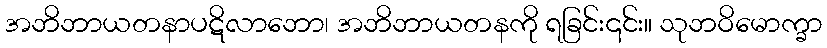
အဘိဘာယတနာပဋိလာဘော၊ အဘိဘာယတနကို ရခြင်း၎င်း။ သုဘဝိမောက္ခာ